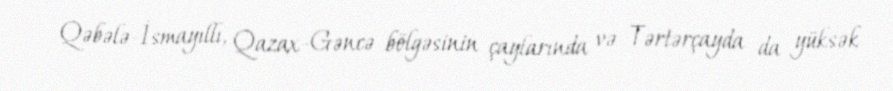
Qəbələ-İsmayıllı, Qazax-Gəncə bölgəsinin çaylarında və Tərtərçayda da yüksək